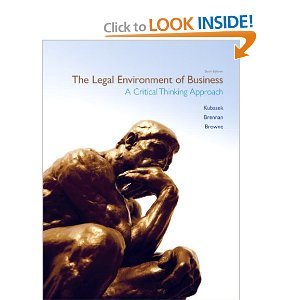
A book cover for Legal Environment of Business, The (6th Edition); Nancy K. Kubasek; Law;